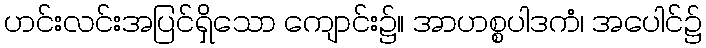
ဟင်းလင်းအပြင်ရှိသော ကျောင်း၌။ အာဟစ္စပါဒကံ၊ အပေါင်၌